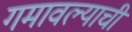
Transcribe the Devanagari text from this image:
गमावल्याची